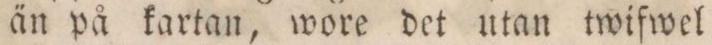
än på kartan, wore det utan twifwel